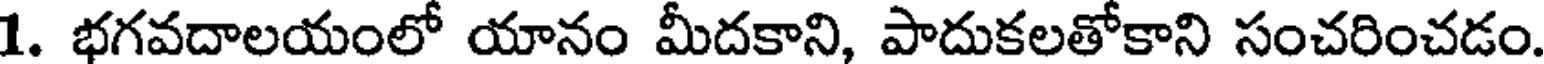
1. భగవదాలయంలో యానం మీదకాని, పాదుకలతోకాని సంచరించడం.